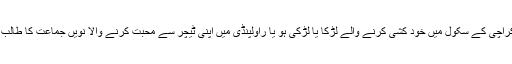
وہ کراچی کے سکول میں خود کشی کرنے والے لڑکا یا لڑکی ہو یا راولپنڈی میں اپنی ٹیچر سے محبت کرنے والا نویں جماعت کا طالب علم۔